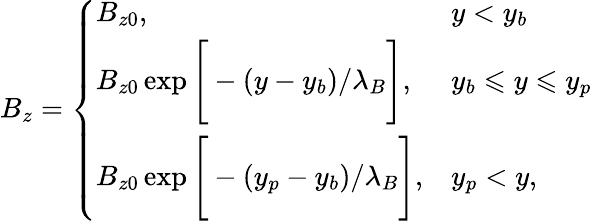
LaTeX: B_{z}=\left\{ \begin{array}{ll}{B_{z0},}&{y<y_{b}}\\ {B_{z0}\exp\Bigg[-\left(y-y_{b}\right)/\lambda_{B}\Bigg],}&{y_{b}\leqslant y\leqslant y_{p}}\\ {B_{z0}\exp\Bigg[-\left(y_{p}-y_{b}\right)/\lambda_{B}\Bigg],}&{y_{p}<y,}\end{array}\right.